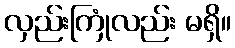
လှည်းကြုံလည်း မရှိ။